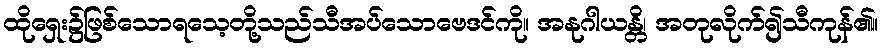
ထိုရှေး၌ဖြစ်သောရသေ့တို့သည်သီအပ်သောဗေဒင်ကို။ အနုဂါယန္တိ၊ အတုလိုက်၍သီကုန်၏။